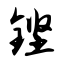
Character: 铿